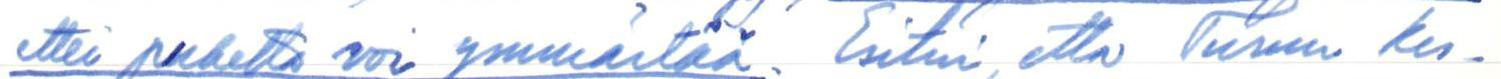
ettei puhetta voi ymmärtää. Esitin, että Turun kes-